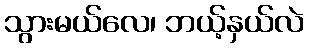
သွားမယ်လေ၊ ဘယ့်နှယ်လဲ